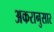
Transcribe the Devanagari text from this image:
अकरानुसार